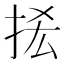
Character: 𢫿